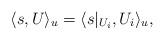
LaTeX: \begin{align*}\langle s,U\rangle_u=\langle s|_{U_i},U_i\rangle_u,\end{align*}